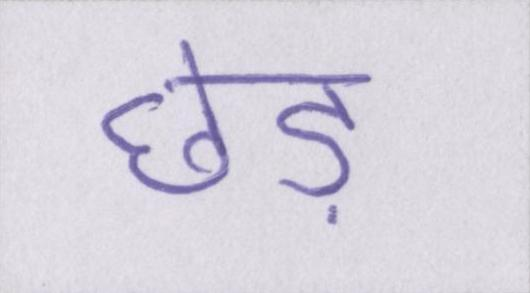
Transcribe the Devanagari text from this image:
छेड़